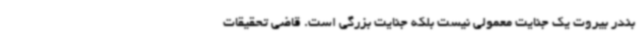
بندر بیروت یک جنایت معمولی نیست بلکه جنایت بزرگی است. قاضی تحقیقات